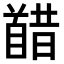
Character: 𫗸